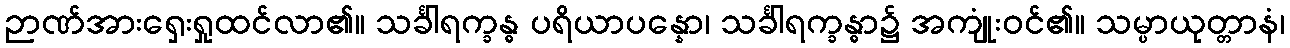
ဉာဏ်အားရှေးရှုထင်လာ၏။ သင်္ခါရက္ခန္ဓ ပရိယာပန္နော၊ သင်္ခါရက္ခန္ဓာ၌ အကျုံးဝင်၏။ သမ္ပာယုတ္တာနံ၊